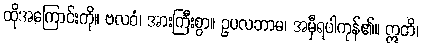
ထိုအကြောင်းကို။ ဗလဝံ၊ အားကြီးစွာ။ ဥပလဘာမ၊ အမှီရပါကုန်၏။ ဣတိ၊